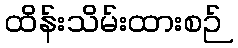
ထိန်းသိမ်းထားစဉ်